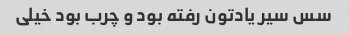
سس سیر یادتون رفته بود و چرب بود خیلی